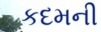
કદમની